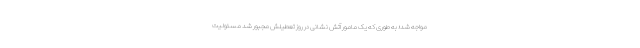
مواجه شد؛ به طوری که یک مامور آتش نشانی در روز تعطیلش مجبور شد مسئولیت